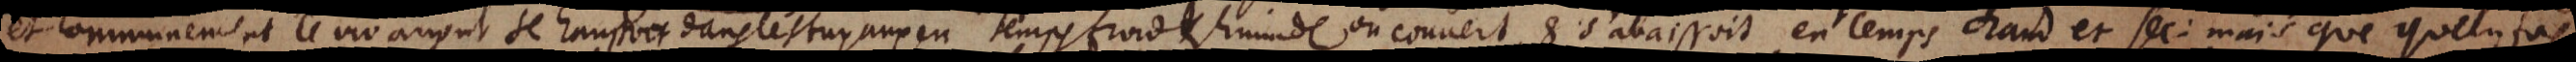
et communement le viv argent se haussoit dans les tuyaux en temps froid et humide ou couvert, et s’abaissoit en temps chaud et sec; mais que quelque fois